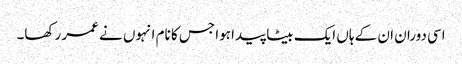
اسی دوران ان کے ہاں ایک بیٹا پیدا ہوا جس کا نام انہوں نے عمر رکھا۔